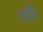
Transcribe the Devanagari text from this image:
गायि